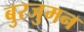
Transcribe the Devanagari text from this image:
बुरजुमन